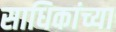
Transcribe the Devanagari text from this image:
साधिकांच्या